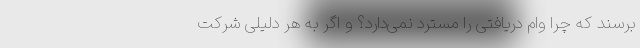
برسند که چرا وام دریافتی را مسترد نمی‌دارد؟ و اگر به هر دلیلی شرکت